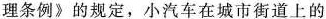
理条例》的规定，小汽车在城市街道上的